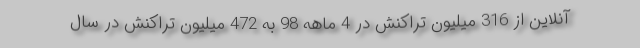
آنلاین از 316 میلیون تراکنش در 4 ماهه 98 به 472 میلیون تراکنش در سال